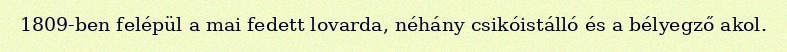
1809-ben felépül a mai fedett lovarda, néhány csikóistálló és a bélyegző akol.